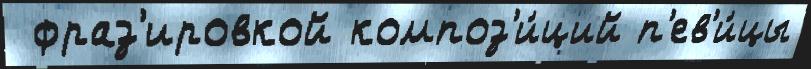
 фраз'ировкой композ'и́ций п'ев'и́цы